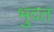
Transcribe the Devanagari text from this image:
भुदत